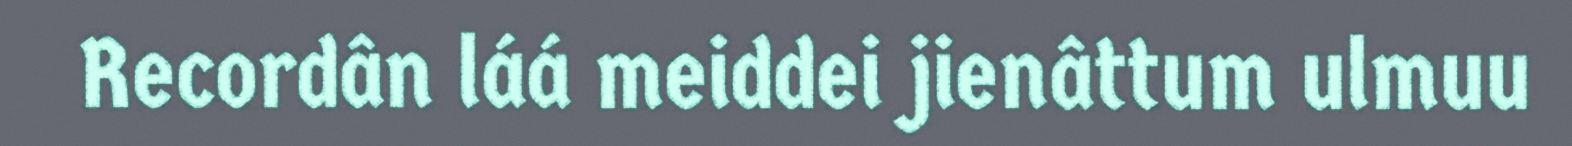
Recordân láá meiddei jienâttum ulmuu